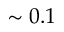
\sim 0 . 1